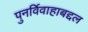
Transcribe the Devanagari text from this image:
पुनर्विवाहाबद्दल